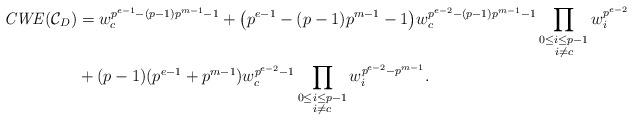
LaTeX: \begin{align*} \mathit{CWE}(\mathcal{C}_{D})&=w_{c}^{p^{e-1}-(p-1)p^{m-1}-1}+\bigl(p^{e-1}-(p-1)p^{m-1}-1\bigr)w_{c}^{p^{e-2}-(p-1)p^{m-1}-1}\prod_{\substack{0\le i\leq p-1\\i \ne c}}w_{i}^{p^{e-2}}\\ &+(p-1)(p^{e-1}+p^{m-1})w_{c}^{p^{e-2}-1}\prod_{\substack{0\le i\leq p-1\\i \ne c}}w_{i}^{p^{e-2}-p^{m-1}}. \end{align*}